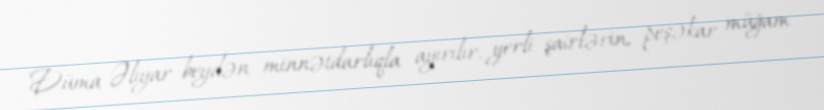
Düma Əliyar beydən minnətdarlıqla ayırılır, yerli şairlərin, peşəkar müğam